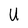
Character: U